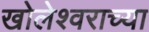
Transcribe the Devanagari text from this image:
खोलेश्वराच्या